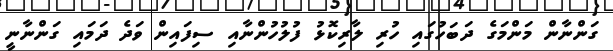
ގަންނާން މަންމަގެ ދަބަހުގައި ހުރި ލާރިކޮޅު ފުލުހުންނާއި ސިފައިން ވަދެ ދަމައި ގަންނާނީ